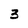
Character: 3